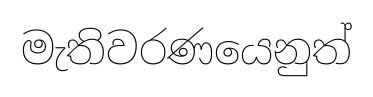
මැතිවරණයෙනුත්